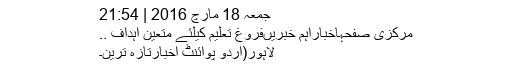
جمعہ 18 مارچ 2016 | 21:54
مرکزی صفحہاخباراہم خبریںفروغ تعلیم کیلئے متعین اہداف ..
لاہور(اُردو پوائنٹ اخبارتازہ ترین۔